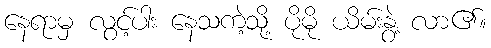
နေရာမှ လွင့်ပါး နေသကဲ့သို့ ပိုမို ယိမ်းနွဲ့ လာ၏။